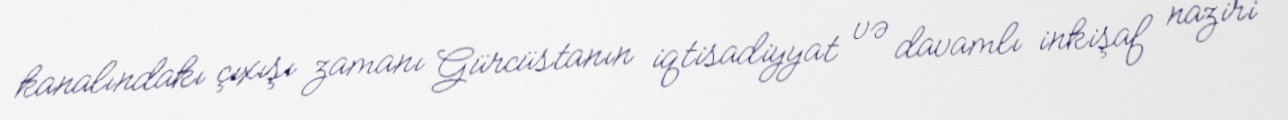
kanalındakı çıxışı zamanı Gürcüstanın iqtisadiyyat və davamlı inkişaf naziri